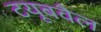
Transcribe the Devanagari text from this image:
टयूबवैल